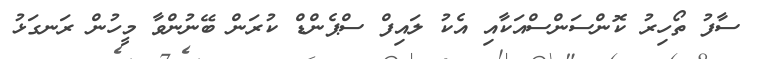
ސާފު ތޯހިރު ކޮންސަންސްއަކާއި އެކު ލައިފް ސްޕެންޑް ކުރަން ބޭނުންވާ މީހުން ރަނގަޅު